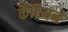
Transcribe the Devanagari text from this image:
केटिनने